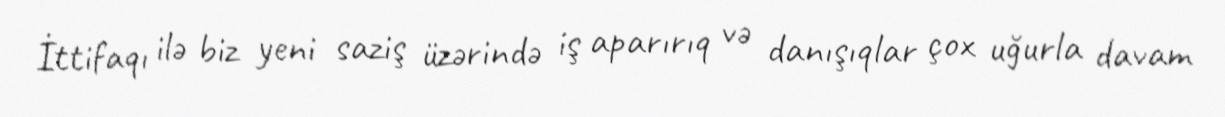
İttifaqı ilə biz yeni saziş üzərində iş aparırıq və danışıqlar çox uğurla davam